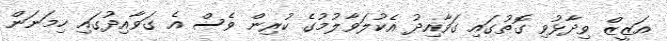
އަޒީޒް ވިދާޅުވި ގޮތުގައި ގަވާއިދު އެކުލަވާލުމުގެ ކުރިން ވެސް އެ ގަވާއިދުގައި ހިމަނަން